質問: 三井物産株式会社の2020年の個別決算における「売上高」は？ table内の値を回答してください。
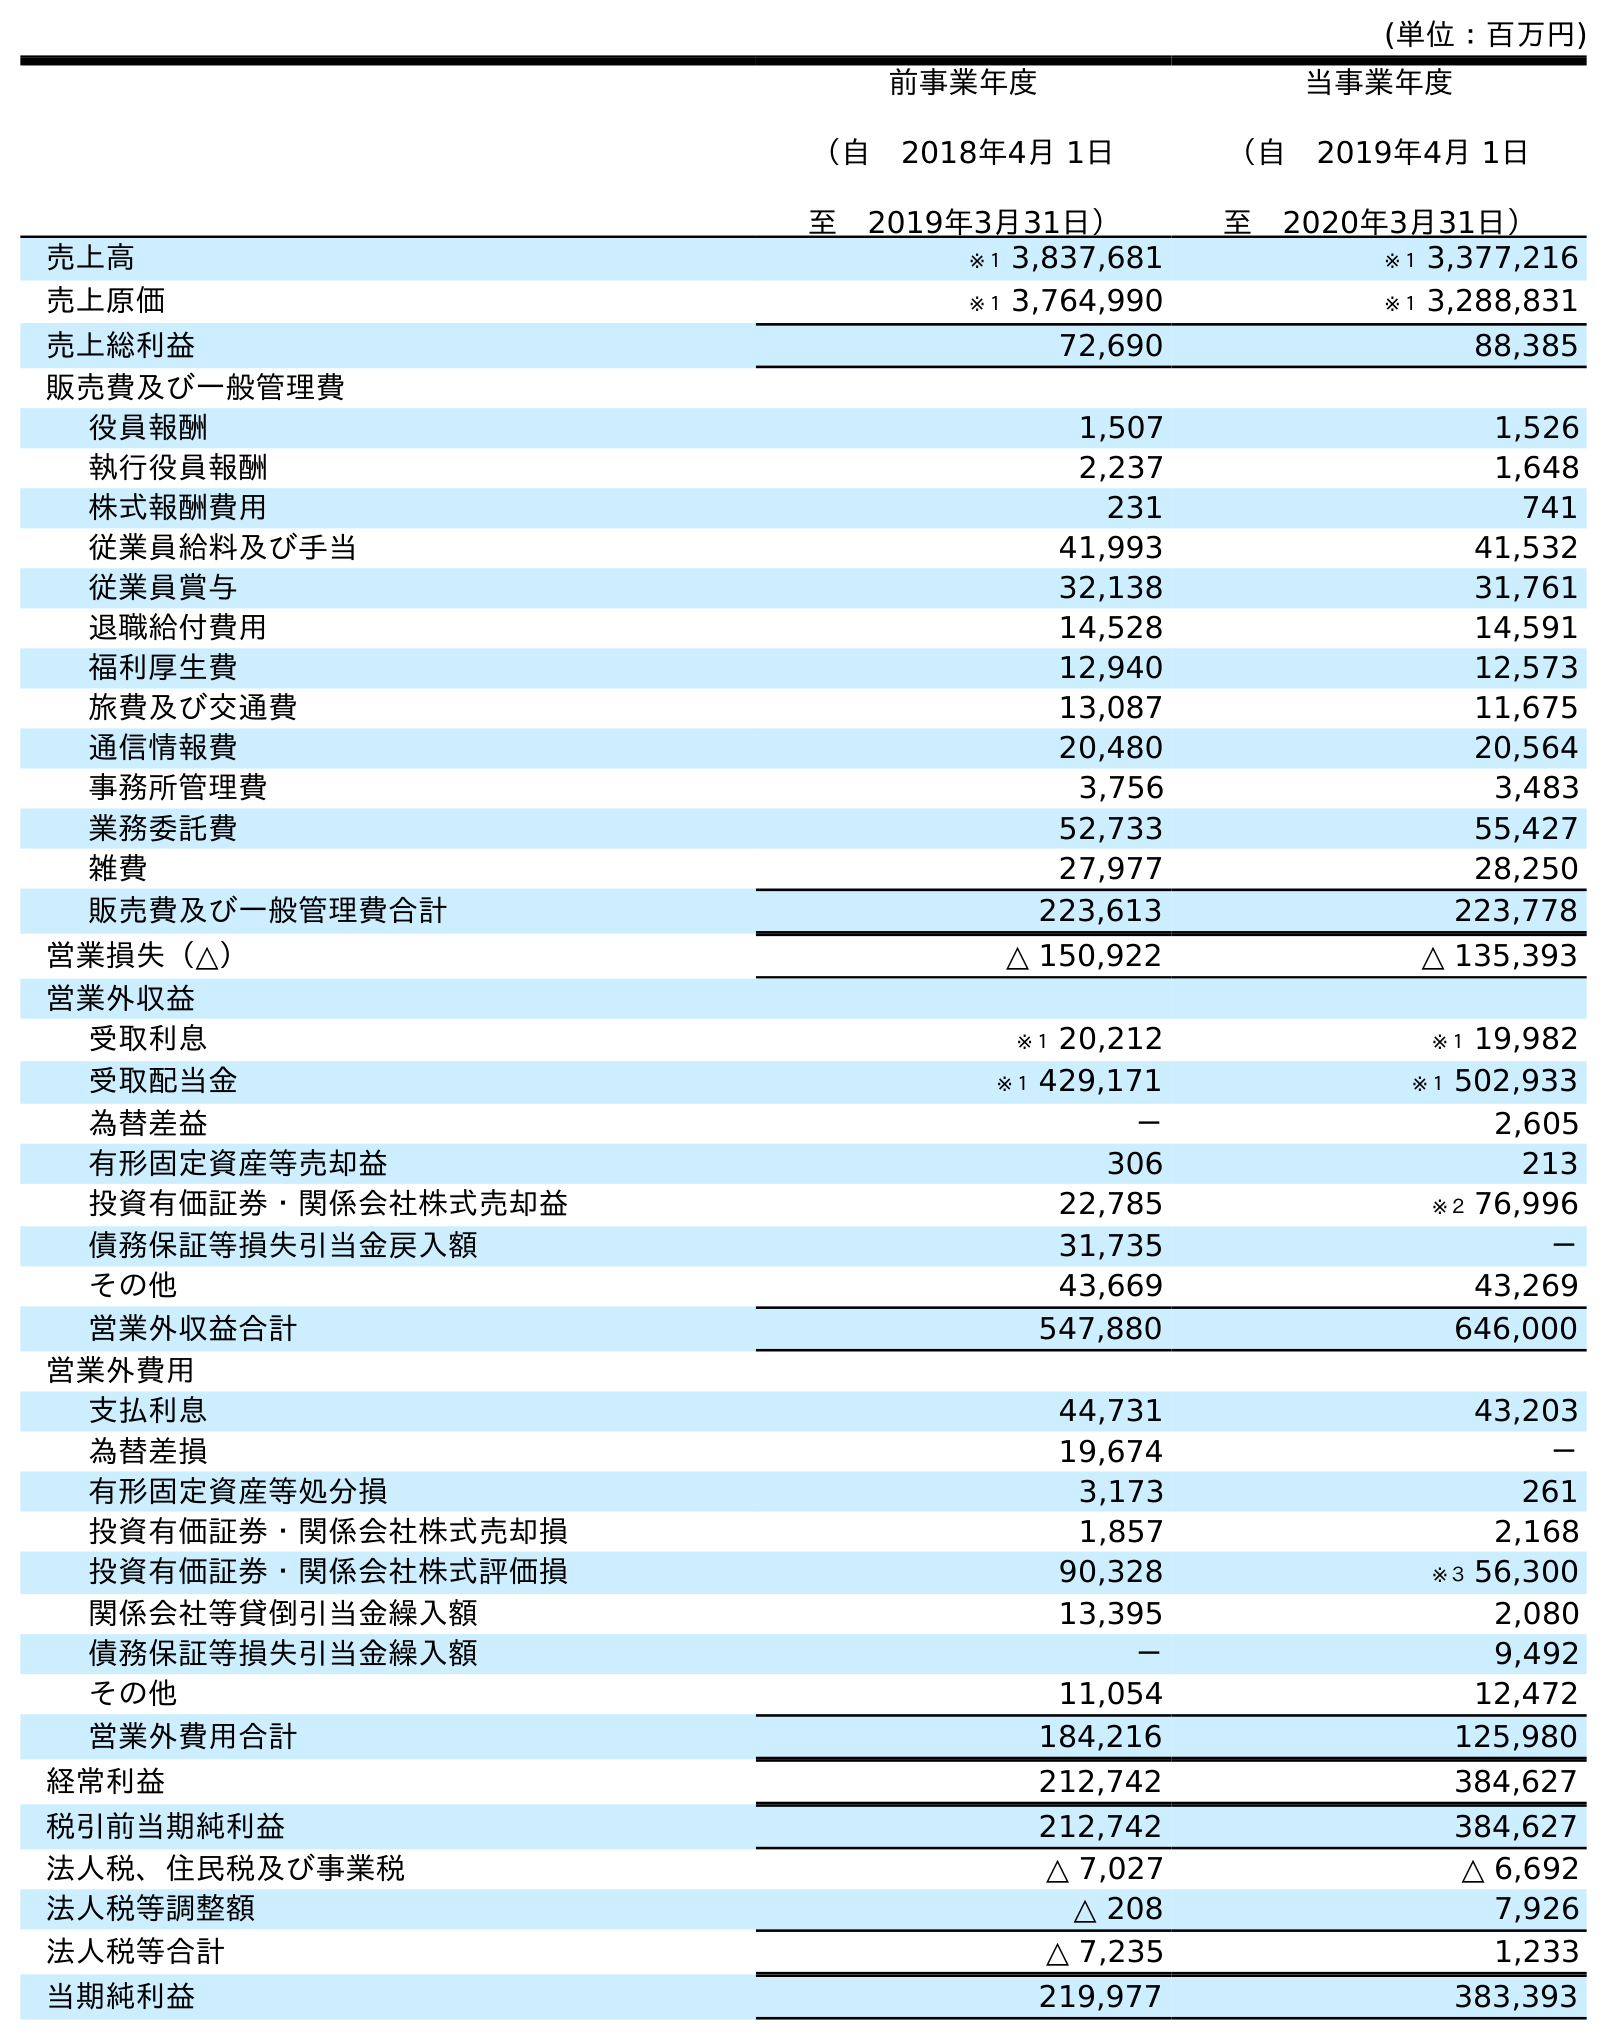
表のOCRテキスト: (単位：百万円) 前事業年度 （自 2018年4月 1日 至 2019年3月31日） 当事業年度 （自 2019年4月 1日 至 2020年3月31日） 売上高 ※１ 3,837,681 ※１ 3,377,216 売上原価 ※１ 3,764,990 ※１ 3,288,831 売上総利益 72,690 88,385 販売費及び一般管理費 役員報酬 1,507 1,526 執行役員報酬 2,237 1,648 株式報酬費用 231 741 従業員給料及び手当 41,993 41,532 従業員賞与 32,138 31,761 退職給付費用 14,528 14,591 福利厚生費 12,940 12,573 旅費及び交通費 13,087 11,675 通信情報費 20,480 20,564 事務所管理費 3,756 3,483 業務委託費 52,733 55,427 雑費 27,977 28,250 販売費及び一般管理費合計 223,613 223,778 営業損失（△） △ 150,922 △ 135,393 営業外収益 受取利息 ※１ 20,212 ※１ 19,982 受取配当金 ※１ 429,171 ※１ 502,933 為替差益 － 2,605 有形固定資産等売却益 306 213 投資有価証券・関係会社株式売却益 22,785 ※２ 76,996 債務保証等損失引当金戻入額 31,735 － その他 43,669 43,269 営業外収益合計 547,880 646,000 営業外費用 支払利息 44,731 43,203 為替差損 19,674 － 有形固定資産等処分損 3,173 261 投資有価証券・関係会社株式売却損 1,857 2,168 投資有価証券・関係会社株式評価損 90,328 ※３ 56,300 関係会社等貸倒引当金繰入額 13,395 2,080 債務保証等損失引当金繰入額 － 9,492 その他 11,054 12,472 営業外費用合計 184,216 125,980 経常利益 212,742 384,627 税引前当期純利益 212,742 384,627 法人税、住民税及び事業税 △ 7,027 △ 6,692 法人税等調整額 △ 208 7,926 法人税等合計 △ 7,235 1,233 当期純利益 219,977 383,393
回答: ※１3,377,216